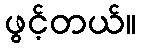
ဖွင့်တယ်။